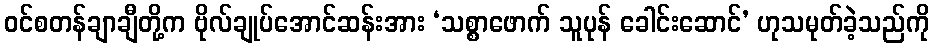
ဝင်စတန်ချာချီတို့က ဗိုလ်ချုပ်အောင်ဆန်းအား ‘သစ္စာဖောက် သူပုန် ခေါင်းဆောင်’ ဟုသမုတ်ခဲ့သည်ကို